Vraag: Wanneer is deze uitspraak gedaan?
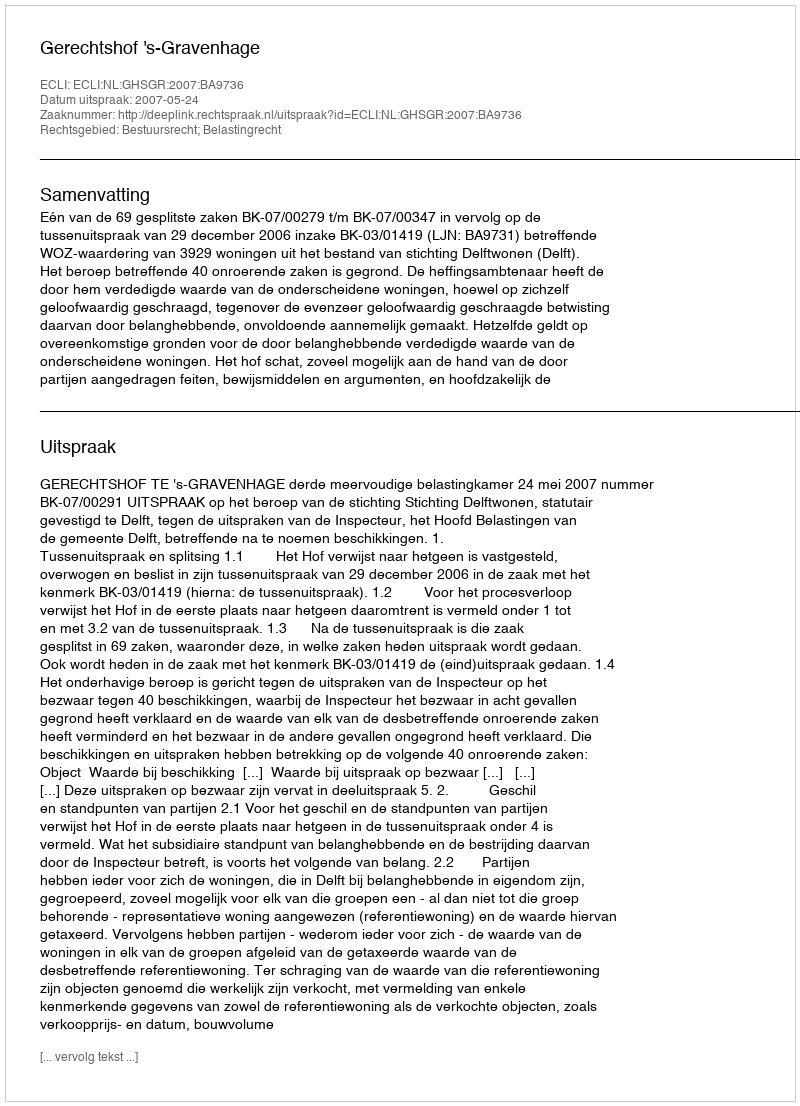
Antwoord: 2007-05-24